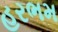
હરભમ